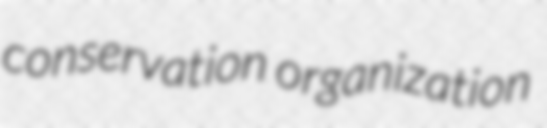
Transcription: conservation organization